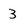
Character: 3